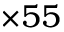
\times 5 5